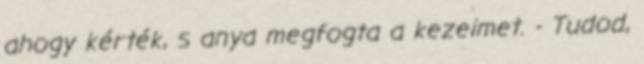
ahogy kérték, s anya megfogta a kezeimet. - Tudod,